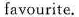
favourite.